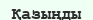
Қазыңды